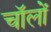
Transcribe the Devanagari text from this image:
चॉलों